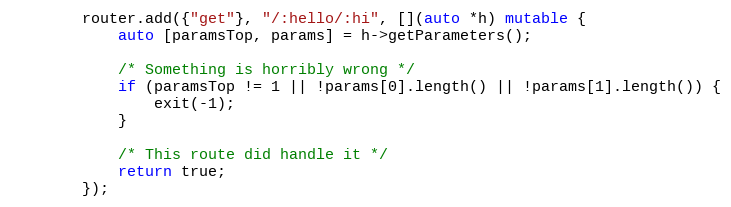
Language: C++
        router.add({"get"}, "/:hello/:hi", [](auto *h) mutable {
            auto [paramsTop, params] = h->getParameters();

            /* Something is horribly wrong */
            if (paramsTop != 1 || !params[0].length() || !params[1].length()) {
                exit(-1);
            }

            /* This route did handle it */
            return true;
        });